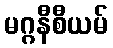
မဂ္ဂနီစီယမ်